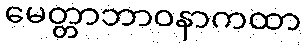
မေတ္တာဘာဝနာကထာ